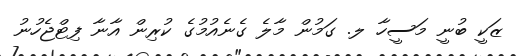
ޒަކީ ބުނީ މަސީހާ ލ. ގަމުން މާލެ ގެނެއުމުގެ ކުރިން އާނާ ފިޓްޖެހުނު